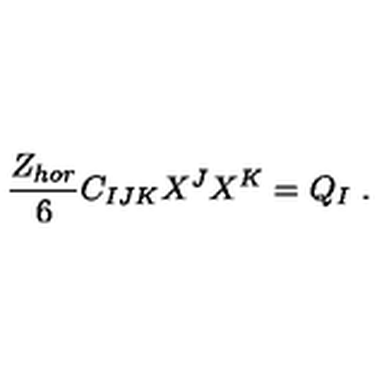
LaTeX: { \frac { Z _ { h o r } } { 6 } } C _ { I J K } X ^ { J } X ^ { K } = Q _ { I } \ .